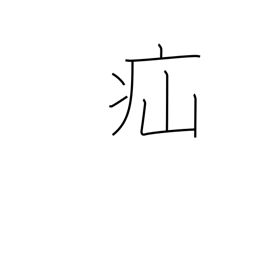
Meaning: colic